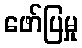
ဖော်ပြမှု